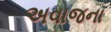
અવાજના